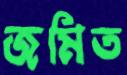
জমিত